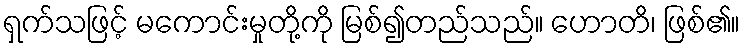
ရှက်သဖြင့် မကောင်းမှုတို့ကို မြစ်၍တည်သည်။ ဟောတိ၊ ဖြစ်၏။